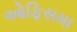
ઓફિસમા